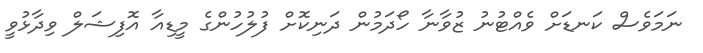
ނަމަވެސް ކަނޑަށް ވެއްޓުނު ޒުވާނާ ހޯދަމުން ދަނިކޮށް ފުލުހުންގެ މީޑިއާ އޮފިޝަލް ވިދާޅުވީ